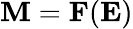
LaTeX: \mathbf{M}=\mathbf{F}(\mathbf{E})